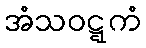
အံသဝဋ္ဋကံ